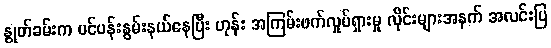
နွုတ်ခမ်းက ပင်ပန်းနွမ်းနယ်နေပြီး ဟုန်း အကြမ်းဖက်လှုပ်ရှားမှု လိုင်းများအနက် အလင်းပြ